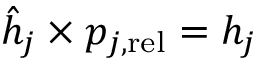
\hat { h } _ { j } \times p _ { j , \mathrm { r e l } } = h _ { j }